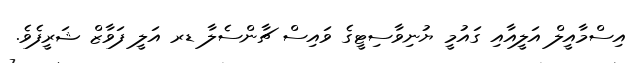
އިސްމާއީލް އަލީއާއި ގައުމީ ޔުނިވާސިޓީގެ ވައިސް ޗާންސެލާ ޑރ އަލީ ފަވާޒް ޝަރީފެވެ.